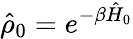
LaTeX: \hat{\rho}_{0}=e^{-\beta\hat{H}_{0}}